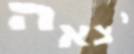
יצאה